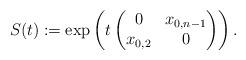
LaTeX: \begin{align*}S(t) := \exp \left( t \begin{pmatrix}0 & x_{0,n-1} \\ x_{0,2} & 0\end{pmatrix} \right). \end{align*}